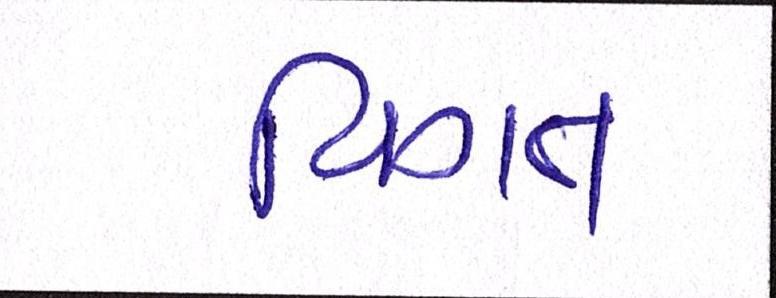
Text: વિગત